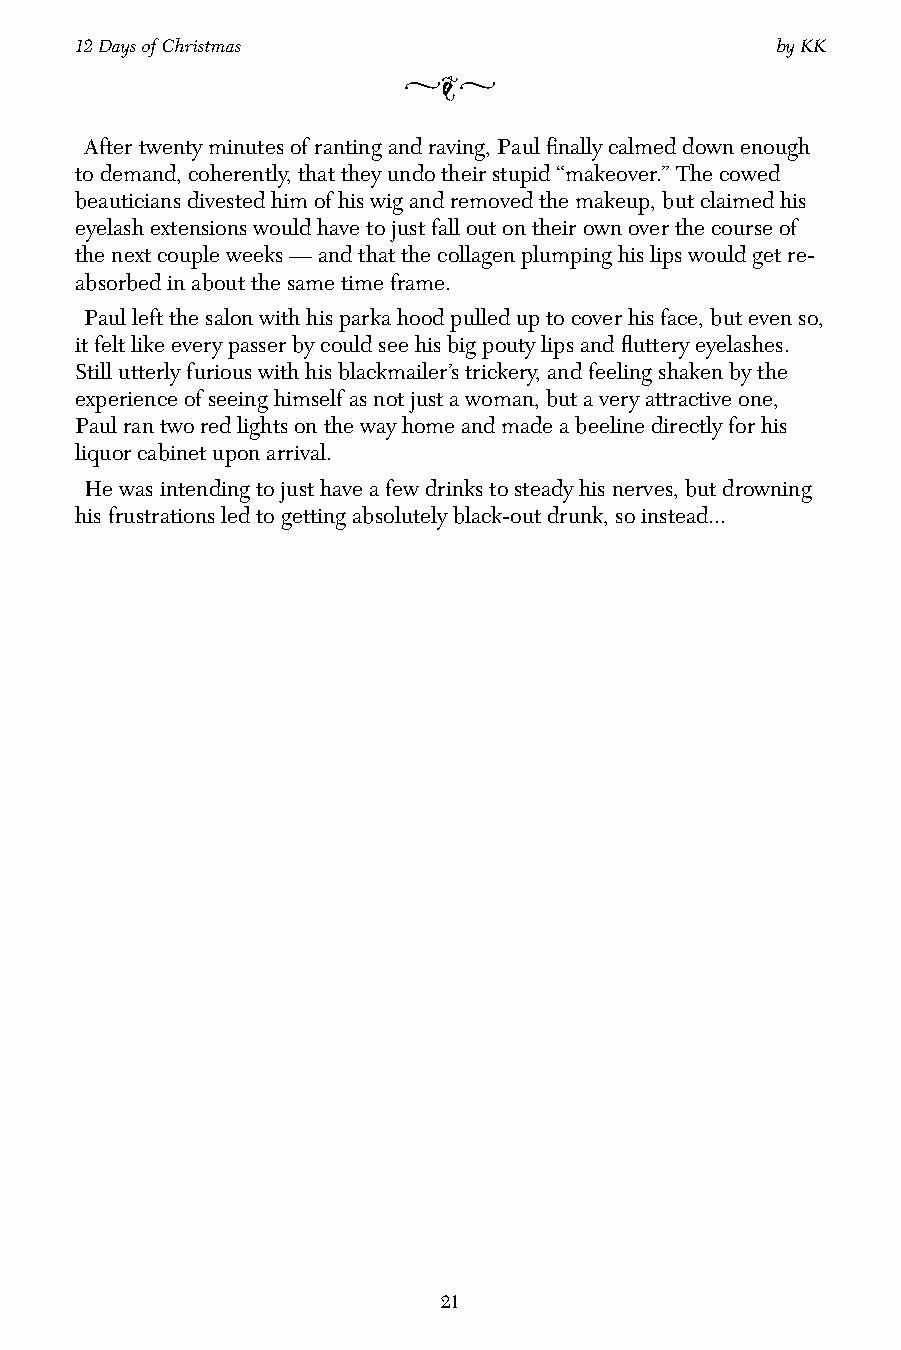
12 Days of Christmas                          by KK
 vjv
 After twenty minutes of ranting and raving, Paul finally calmed down enough
 to demand, coherently, that they undo their stupid “makeover.” The cowed
 beauticians divested him of his wig and removed the makeup, but claimed his
 eyelash extensions would have to just fall out on their own over the course of
 the next couple weeks — and that the collagen plumping his lips would get re-
 absorbed in about the same time frame.
 Paul left the salon with his parka hood pulled up to cover his face, but even so,
 it felt like every passer by could see his big pouty lips and fluttery eyelashes.
 Still utterly furious with his blackmailer’s trickery, and feeling shaken by the
 experience of seeing himself as not just a woman, but a very attractive one,
 Paul ran two red lights on the way home and made a beeline directly for his
 liquor cabinet upon arrival.
 He was intending to just have a few drinks to steady his nerves, but drowning
 his frustrations led to getting absolutely black-out drunk, so instead...
 21